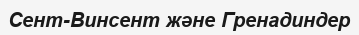
Сент-Винсент және Гренадиндер